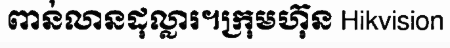
ពាន់លានដុល្លារ។ក្រុមហ៊ុន Hikvision